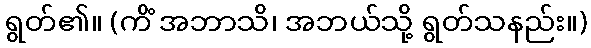
ရွတ်၏။ (ကိံ အဘာသိ၊ အဘယ်သို့ ရွတ်သနည်း။)